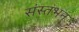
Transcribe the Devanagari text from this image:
संस्तंभन